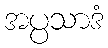
အပ္ပသာဒံ